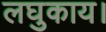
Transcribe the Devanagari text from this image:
लघुकाय।